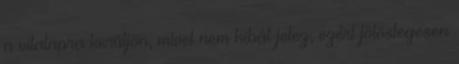
a vitalapra kerüljön, mivel nem hibát jelez, ezért fölöslegesen